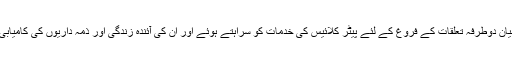
انہوں نے پاکستان اور بیلجیئم کے درمیان دوطرفہ تعلقات کے فروغ کے لئے پیٹر کلائیس کی خدمات کو سراہتے ہوئے اور ان کی آئندہ زندگی اور ذمہ داریوں کی کامیابی کے لئے نیک خواہشات کا اظہار کیا۔